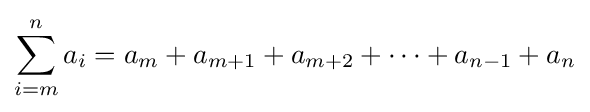
\sum _{i=m}^{n}a_{i}=a_{m}+a_{m+1}+a_{m+2}+\cdots +a_{n-1}+a_{n}